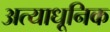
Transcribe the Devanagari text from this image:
अत्याधूनिक